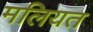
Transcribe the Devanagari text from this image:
मलियत